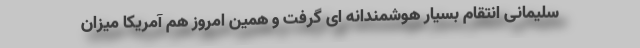
سلیمانی انتقام بسیار هوشمندانه ای گرفت و همین امروز هم آمریکا میزان